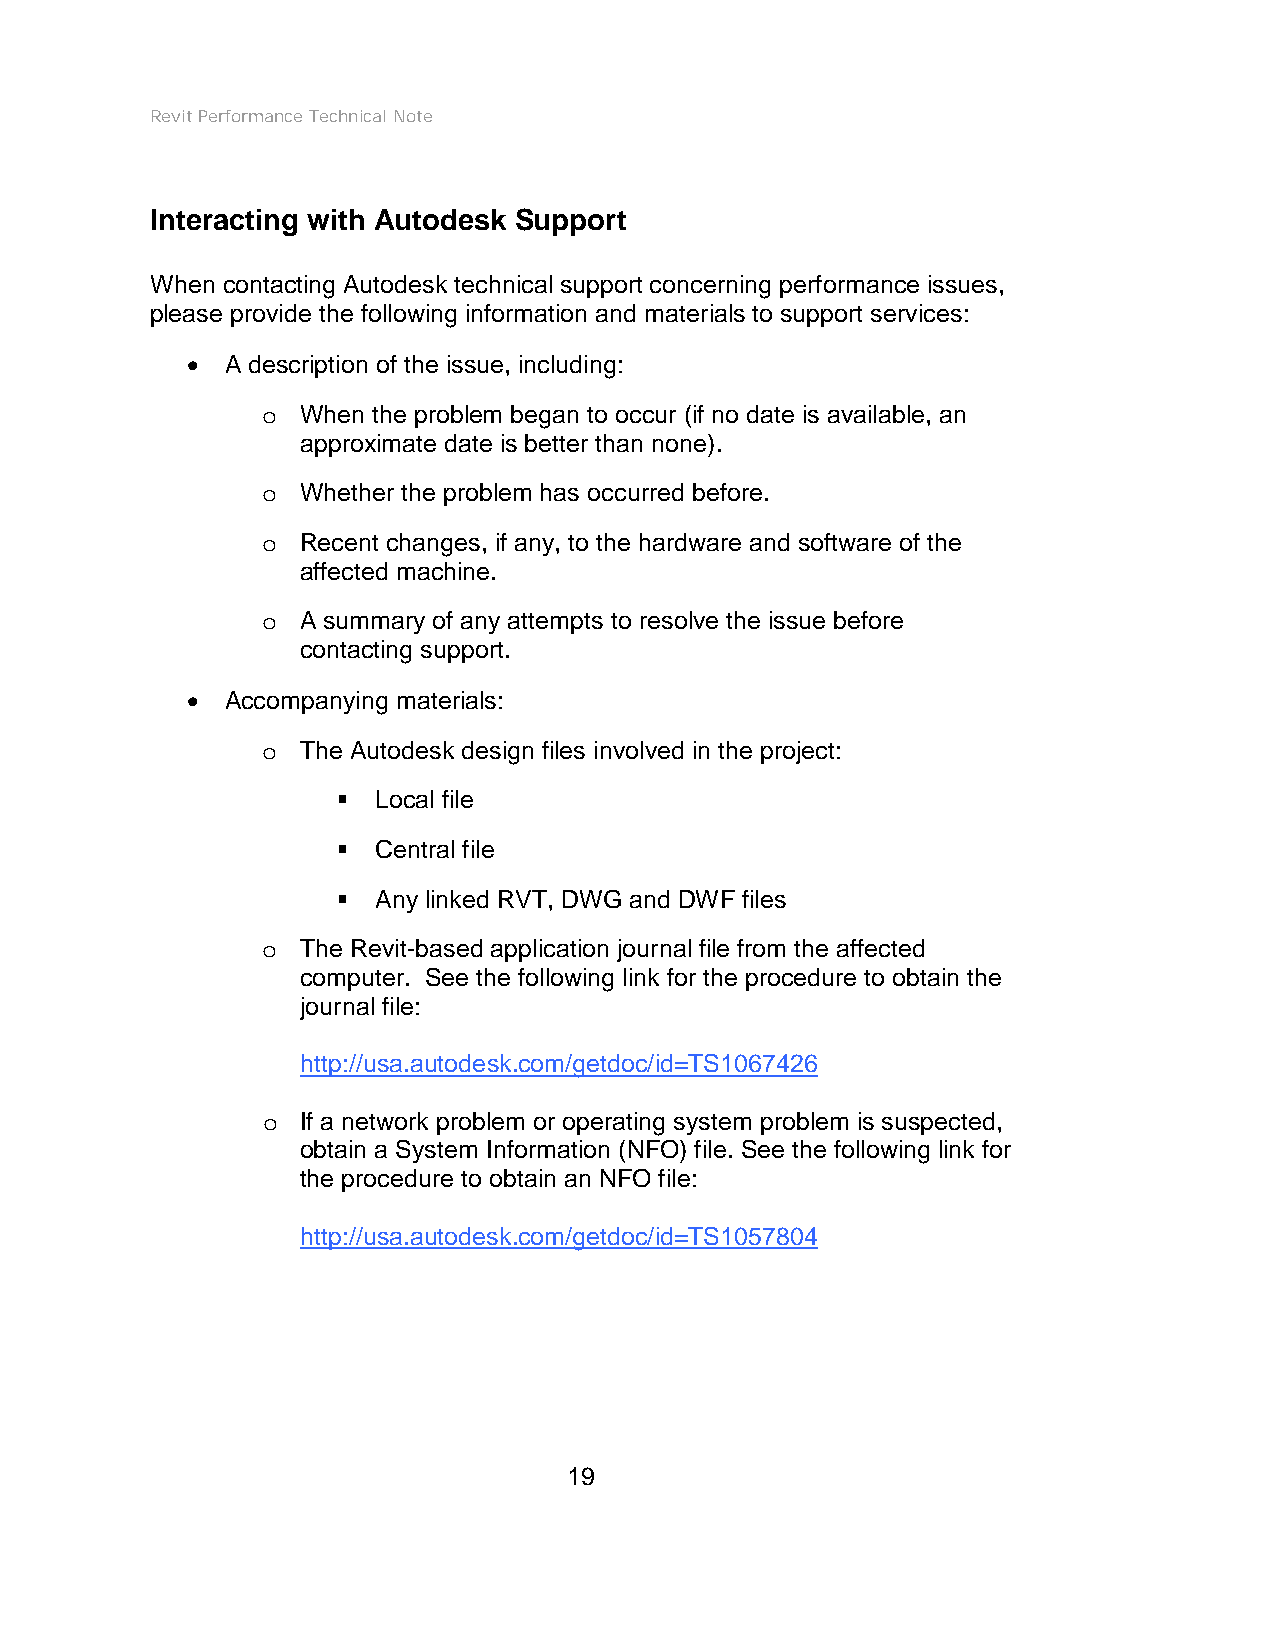
Revit Performance Technical Note
 Interacting with Autodesk Support
 When contacting Autodesk technical support concerning performance issues,
 please provide the following information and materials to support services:
 •  A description of the issue, including:
 When the problem began to occur (if no date is available, an
 o
 approximate date is better than none).
 Whether the problem has occurred before.
 o
 Recent changes, if any, to the hardware and software of the
 o
 affected machine.
 A summary of any attempts to resolve the issue before
 o
 contacting support.
 •  Accompanying materials:
 The Autodesk design files involved in the project:
 o
   Local file
   Central file
   Any linked RVT, DWG and DWF files
 The Revit-based application journal file from the affected
 o
 computer. See the following link for the procedure to obtain the
 journal file:
 http://usa.autodesk.com/getdoc/id=TS1067426
 If a network problem or operating system problem is suspected,
 o
 obtain a System Information (NFO) file. See the following link for
 the procedure to obtain an NFO file:
 http://usa.autodesk.com/getdoc/id=TS1057804
 19